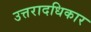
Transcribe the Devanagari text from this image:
उत्तरादधिकार